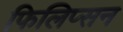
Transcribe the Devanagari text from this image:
फिलिप्सन